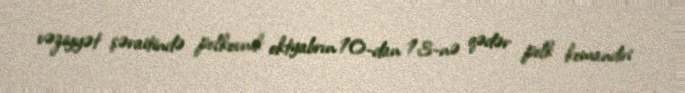
vəziyyət şəraitində polkovnik oktyabrın 10-dan 13-nə qədər polk komandiri